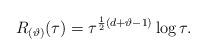
LaTeX: \begin{align*}R_{(\vartheta)} (\tau )=\tau ^{\frac{1}{2}(d+\vartheta -1)}\log\tau.\end{align*}